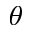
_ { \theta }